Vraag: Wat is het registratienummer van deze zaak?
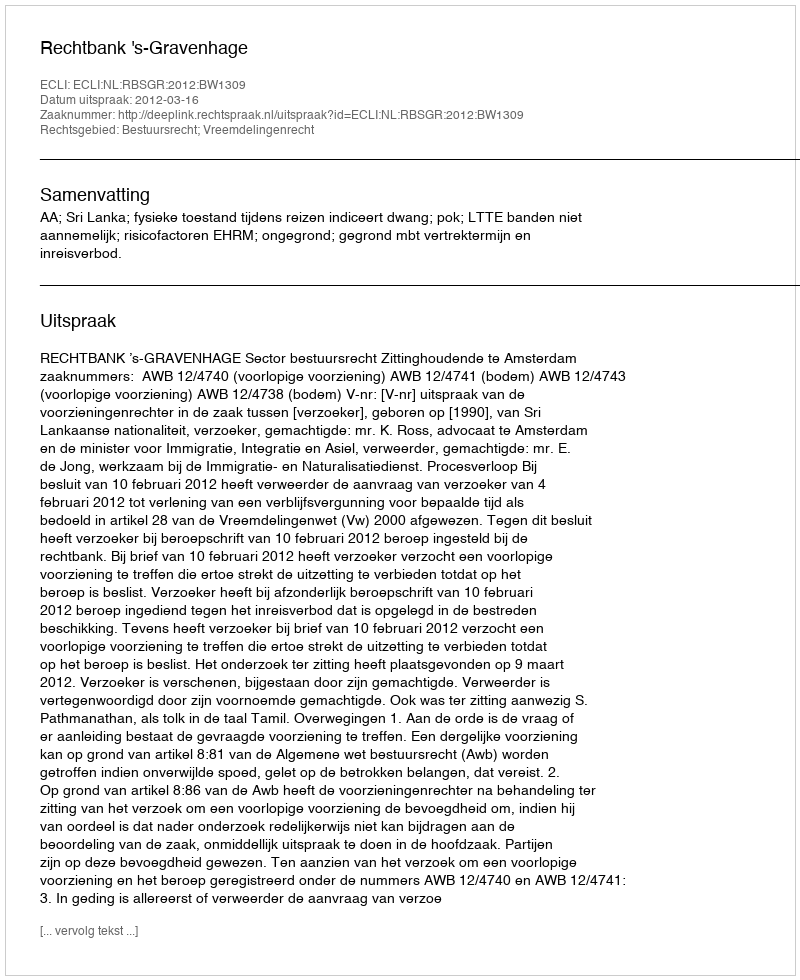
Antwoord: http://deeplink.rechtspraak.nl/uitspraak?id=ECLI:NL:RBSGR:2012:BW1309